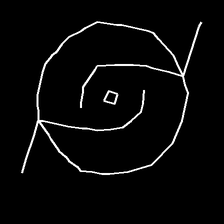
Glyph: repetition